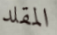
المقلد